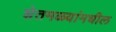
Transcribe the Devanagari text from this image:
शेतमळ्यांमधील